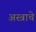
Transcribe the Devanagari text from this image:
अस्त्राचे